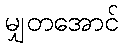
မျှတအောင်